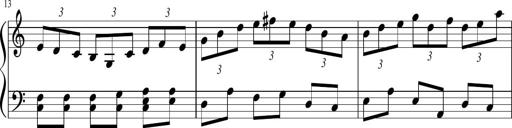
Title: Sonatina in F major
Composer: Ethan Ngo
Key: F major